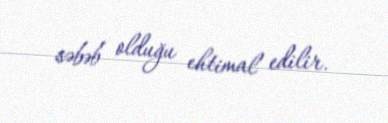
səbəb olduğu ehtimal edilir.